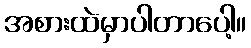
အစားထဲမှာပါတာပေါ့။